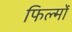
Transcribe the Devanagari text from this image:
फिल्मोंं